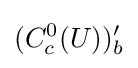
(C_{c}^{0}(U))'_{b}